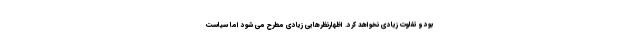
بود و تفاوت زیادی نخواهد کرد. اظهارنظرهایی زیادی مطرح می شود اما سیاست